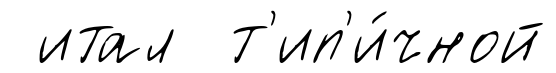
итал т'ип'и́чной